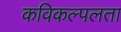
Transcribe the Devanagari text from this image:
कविकल्पलता